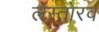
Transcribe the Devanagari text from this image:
लेस्तोरव